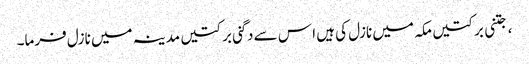
، جتنی برکتیں مکہ میں نازل کی ہیں ا س سے دگنی برکتیں مدینہ میں نازل فرما۔